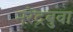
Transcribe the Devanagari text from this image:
नरेंद्रबुवा